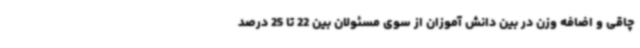
چاقی و اضافه وزن در بین دانش آموزان از سوی مسئولان بین 22 تا 25 درصد